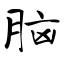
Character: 脑